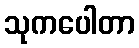
သုကပေါတာ